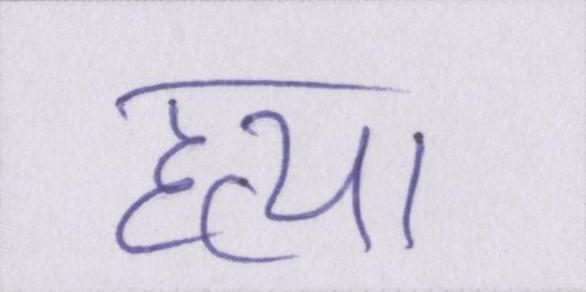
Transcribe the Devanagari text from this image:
हत्या